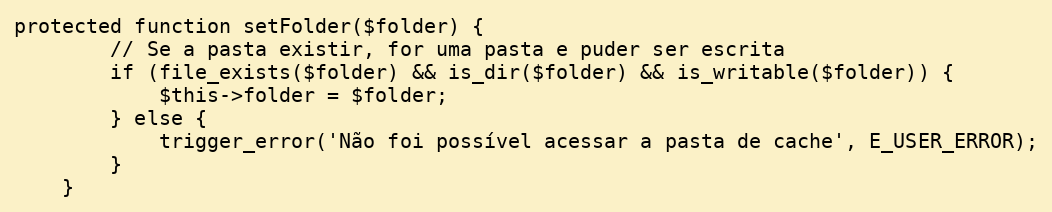
Language: PHP
protected function setFolder($folder) {
        // Se a pasta existir, for uma pasta e puder ser escrita
        if (file_exists($folder) && is_dir($folder) && is_writable($folder)) {
            $this->folder = $folder;
        } else {
            trigger_error('Não foi possível acessar a pasta de cache', E_USER_ERROR);
        }
    }